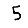
Digit: 5